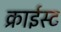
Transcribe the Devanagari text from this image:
क्राईस्ट